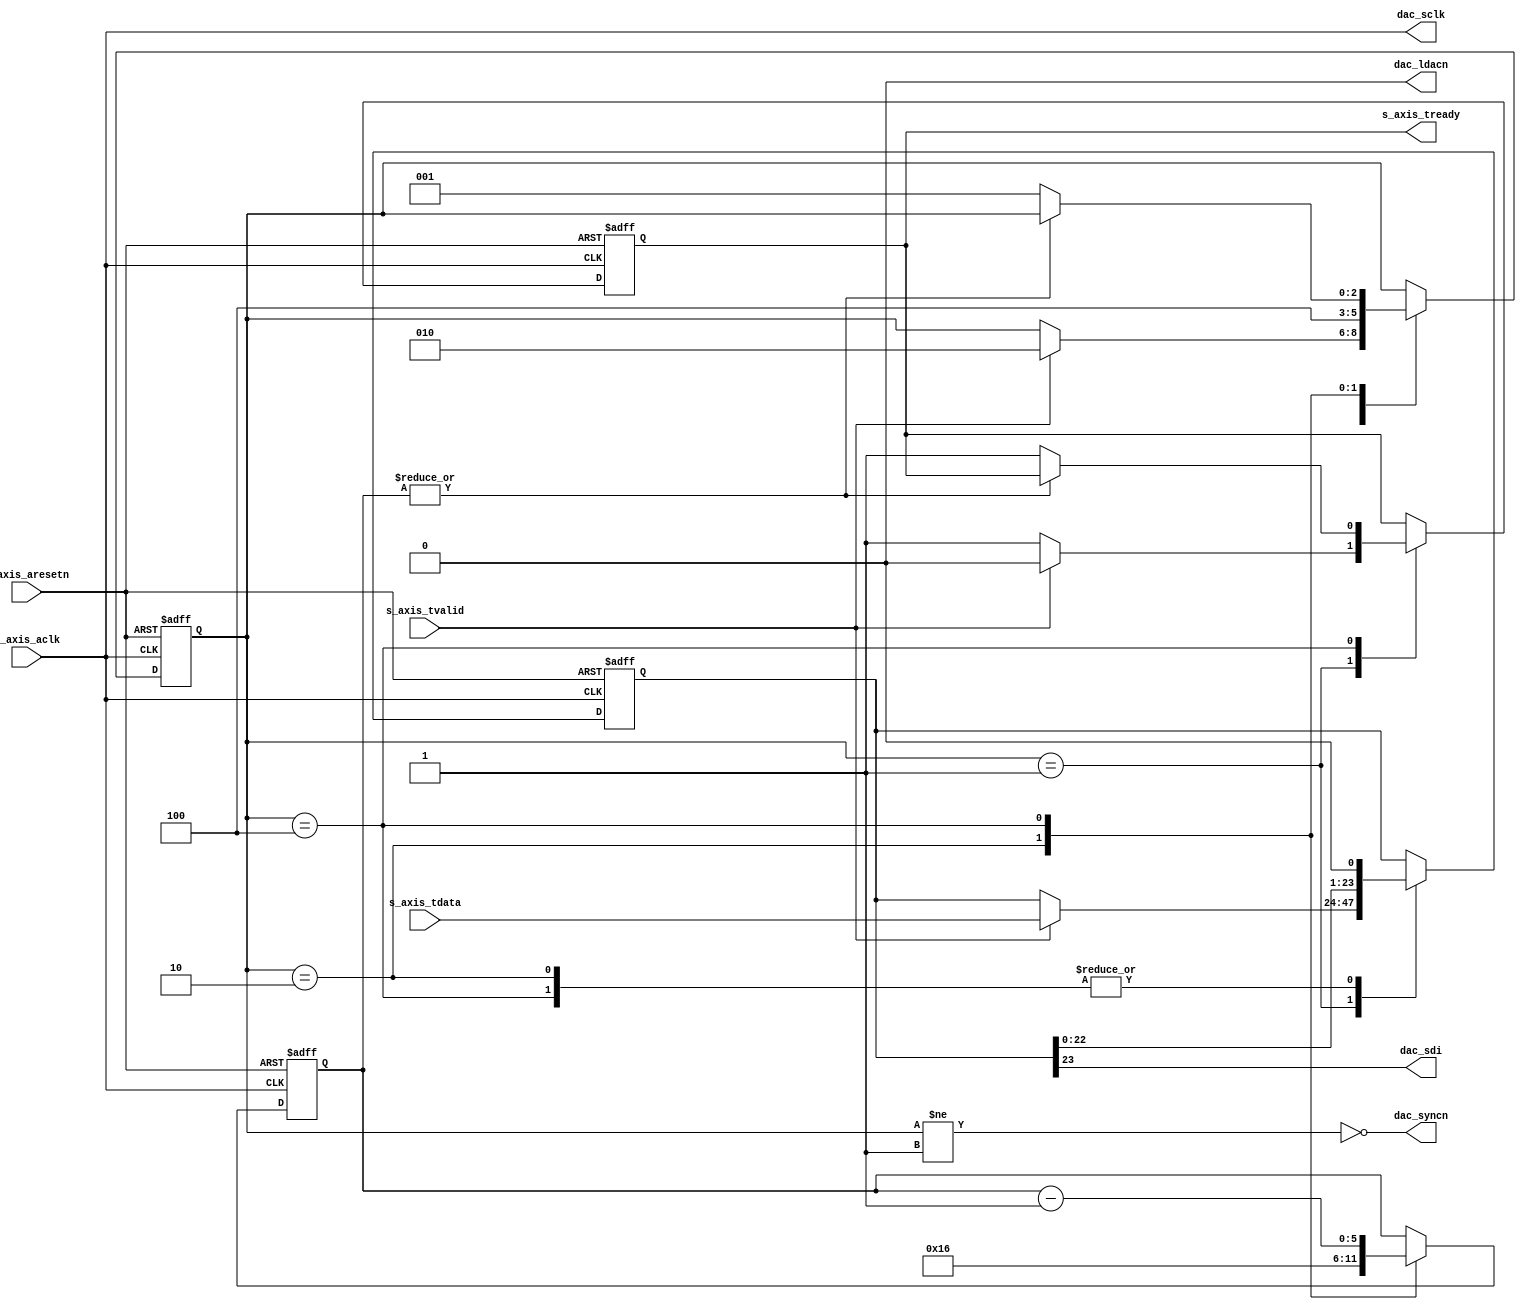
`timescale 1ns / 1ps
//////////////////////////////////////////////////////////////////////////////////
// Company: 
// Engineer: 
// 
// Design Name: 
// Module Name: ad5791_dac_fsm
// Project Name: 
// Target Devices: 
// Tool Versions: 
// Description: 
// 
// Dependencies: 
// 
// Revision:
// Revision 0.01 - File Created
// Additional Comments:
// 
//////////////////////////////////////////////////////////////////////////////////

module axis_AD5791 #(
        parameter AXIS_DATA_WIDTH = 24
    )(
        input wire                          s_axis_aclk,
        input wire                          s_axis_aresetn,
        
        input wire [AXIS_DATA_WIDTH-1:0]    s_axis_tdata,
        input wire                          s_axis_tvalid,
        output wire                         s_axis_tready,
       
        output wire                         dac_sclk,
        output wire                         dac_sdi,
        output wire                         dac_syncn,
        output wire                         dac_ldacn
    );
    
    //  AXI-Stream Contract
    //   1. valid = 1, ready = 0 -> There is data waiting
    //   2. valid = 0, ready = 1 -> Ready to accept data
    //   3. valid = 1, ready = 1 -> Data is copied this cycle
    //   4. after 3, master should make valid = 0 or present new data

    // Convert Data Width
    wire [23:0] data_in;
    if(AXIS_DATA_WIDTH < 24)
        assign data_in = {s_axis_tdata, {(24 - AXIS_DATA_WIDTH){1'b0}}};
    else
        assign data_in = s_axis_tdata[23:0];

    reg data_ready_reg;
    assign s_axis_tready = data_ready_reg;
    
    // FSM: Write REGs (ADC CLK)
    localparam STATE_IDLE           = 3'b001;
    localparam STATE_START          = 3'b010;
    localparam STATE_SHIFTING       = 3'b100;
    reg [2:0] state;    
    reg [23:0] shift_out;
    reg [5:0] cnt_out;
    wire frame_sync = (state != STATE_IDLE);
    always @(posedge s_axis_aclk, negedge s_axis_aresetn)
    begin
        if(~s_axis_aresetn)
        begin
            shift_out <= 32'd0;
            cnt_out <= 0;
            data_ready_reg <= 0;
    
            state <= STATE_IDLE;
        end
        else begin

            case(state)
                // ready for action when wdata_available
                STATE_IDLE: // 0
                begin
                    if(s_axis_tvalid)
                    begin
                        shift_out <= data_in;
                        state <= STATE_START;
                        data_ready_reg <= 0;
                    end else
                        data_ready_reg <= 1;
                end
        
                STATE_START: //1
                begin
                    cnt_out <= 6'd22;
                    shift_out <= {shift_out[22:0], 1'b0};
                    
                    state <= STATE_SHIFTING;
                end
        
                // shift the other bits out
                STATE_SHIFTING: // 3
                begin
                    cnt_out <= cnt_out - 6'd1;
                    shift_out <= {shift_out[22:0], 1'b0};
                    
                    if(~|cnt_out) begin
                        state <= STATE_IDLE;
                        data_ready_reg <= 1;
                    end
                end
            endcase
        end
    end    

    assign dac_sclk = s_axis_aclk;
    assign dac_syncn = ~frame_sync;        
    assign dac_sdi = shift_out[23];
    assign dac_ldacn = 1'b0;
endmodule